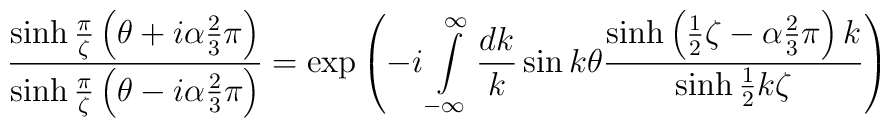
\frac{\sinh\frac{\pi}{\zeta}\left(\theta+i\alpha\frac{2}{3}\pi\right)}{\sinh\frac{\pi}{\zeta}\left(\theta-i\alpha\frac{2}{3}\pi\right)}=\exp\left( -i\int\limits_{-\infty}^\infty\frac{dk}{k}\sin k\theta \frac{\sinh\left(\frac{1}{2}\zeta-\alpha\frac{2}{3}\pi\right) k}{\sinh\frac{1}{2}k\zeta}\right)